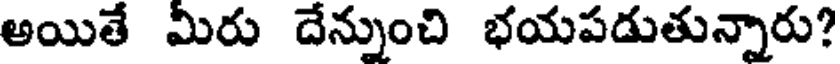
అయితే మీరు దేన్నుంచి భయపడుతున్నారు?